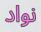
نواد